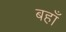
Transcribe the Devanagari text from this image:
बहाँ